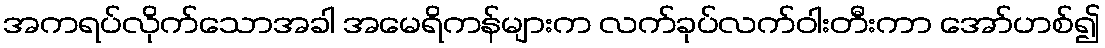
အကရပ်လိုက်သောအခါ အမေရိကန်များက လက်ခုပ်လက်ဝါးတီးကာ အော်ဟစ်၍